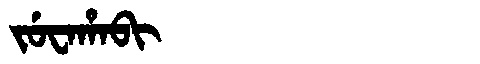
Manchu: ᠵᡠᠸᠠᡥᠠᠪᡳ
Romanization: JUWAHABI